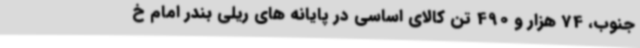
جنوب، 74 هزار و 490 تن کالای اساسی در پایانه های ریلی بندر امام خ